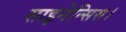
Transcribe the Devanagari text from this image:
साइनेन्सिस।